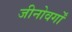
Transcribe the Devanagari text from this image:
जीनोवर्गों